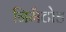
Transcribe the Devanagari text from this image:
निमैटोड